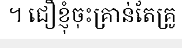
។ ជឿខ្ញុំចុះគ្រាន់តែគ្រូ